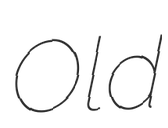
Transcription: Old